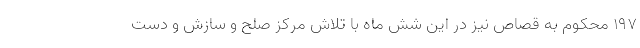
۱۹۷ محکوم به قصاص نیز در این شش ماه با تلاش مرکز صلح و سازش و دست